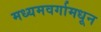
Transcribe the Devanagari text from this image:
मध्यमवर्गामधून